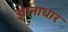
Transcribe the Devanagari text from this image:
ज्ञानाधार